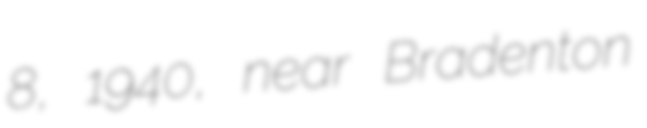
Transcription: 8, 1940, near Bradenton